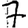
Digit: 7